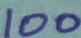
Text: 100